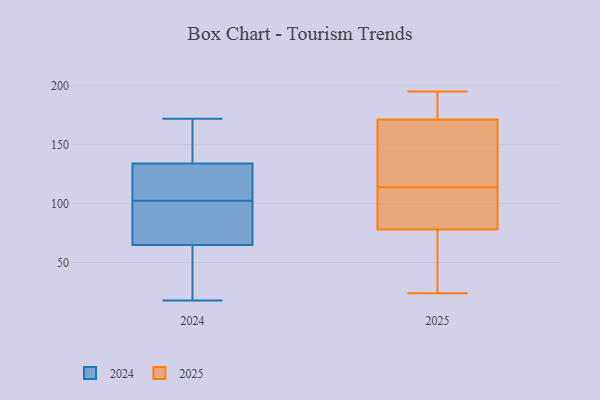
{"axis": {"x": "Gross Profit (USD K)", "y": "Value"}, "legend": ["2024", "2025"], "data": [{"x": "", "y": 119, "type": "2024"}, {"x": "", "y": 73, "type": "2024"}, {"x": "", "y": 42, "type": "2024"}, {"x": "", "y": 77, "type": "2024"}, {"x": "", "y": 102, "type": "2024"}, {"x": "", "y": 171, "type": "2024"}, {"x": "", "y": 144, "type": "2024"}, {"x": "", "y": 18, "type": "2024"}, {"x": "", "y": 65, "type": "2024"}, {"x": "", "y": 62, "type": "2024"}, {"x": "", "y": 172, "type": "2024"}, {"x": "", "y": 159, "type": "2024"}, {"x": "", "y": 113, "type": "2024"}, {"x": "", "y": 127, "type": "2024"}, {"x": "", "y": 103, "type": "2024"}, {"x": "", "y": 88, "type": "2024"}, {"x": "", "y": 134, "type": "2024"}, {"x": "", "y": 60, "type": "2024"}, {"x": "", "y": 150, "type": "2025"}, {"x": "", "y": 178, "type": "2025"}, {"x": "", "y": 120, "type": "2025"}, {"x": "", "y": 179, "type": "2025"}, {"x": "", "y": 35, "type": "2025"}, {"x": "", "y": 114, "type": "2025"}, {"x": "", "y": 169, "type": "2025"}, {"x": "", "y": 39, "type": "2025"}, {"x": "", "y": 159, "type": "2025"}, {"x": "", "y": 98, "type": "2025"}, {"x": "", "y": 24, "type": "2025"}, {"x": "", "y": 31, "type": "2025"}, {"x": "", "y": 91, "type": "2025"}, {"x": "", "y": 105, "type": "2025"}, {"x": "", "y": 195, "type": "2025"}, {"x": "", "y": 181, "type": "2025"}, {"x": "", "y": 98, "type": "2025"}]}